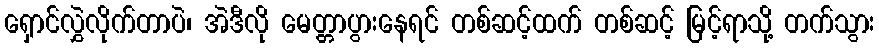
ရှောင်လွှဲလိုက်တာပဲ၊ အဲဒီလို မေတ္တာပွားနေရင် တစ်ဆင့်ထက် တစ်ဆင့် မြင့်ရာသို့ တက်သွား